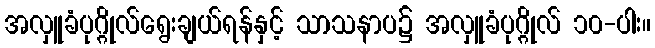
အလှူခံပုဂ္ဂိုလ်ရွေးချယ်ရန်နှင့် သာသနာပ၌ အလှူခံပုဂ္ဂိုလ် ၁၀-ပါး။